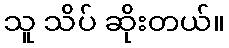
သူ သိပ် ဆိုးတယ်။